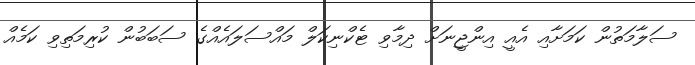
ސަލާމަތުން ކަމަށާއި އެއީ އިންޖީނަށް ދިމާވި ޓެކްނިކަލް މައްސަލައެއްގެ ސަބަބުން ކުރިމަތިވި ކަމެއް